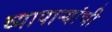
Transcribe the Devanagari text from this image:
व्यापाऱ्यांची